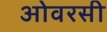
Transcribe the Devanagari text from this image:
ओवरसी